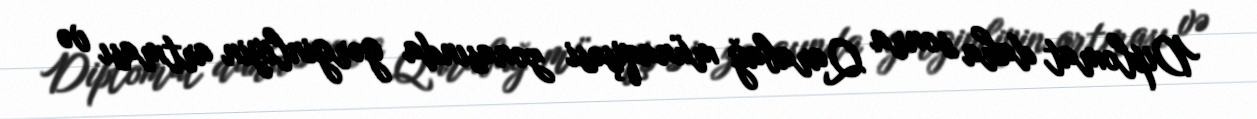
Diplomat daha sonra Qarabağ münaqişəsi zonasında gərginliyin artması və